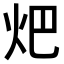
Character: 𤆵